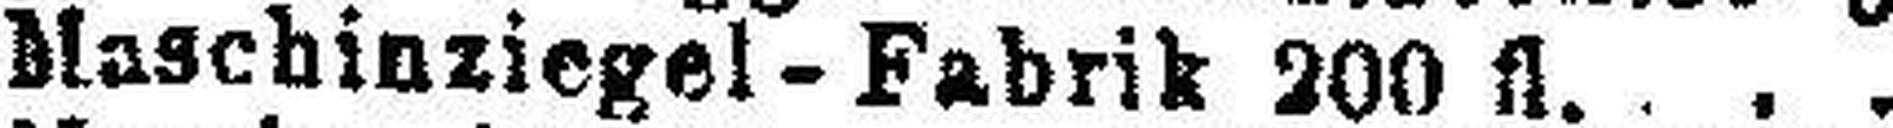
Maschinziegel-Fabrik 200 fl.